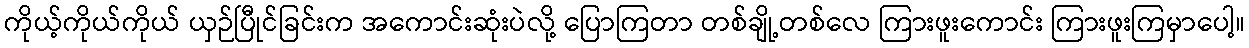
ကိုယ့်ကိုယ်ကိုယ် ယှဉ်ပြီုင်ခြင်းက အကောင်းဆုံးပဲလို့ ပြောကြတာ တစ်ချို့တစ်လေ ကြားဖူးကောင်း ကြားဖူးကြမှာပေါ့။